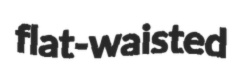
flat-waisted